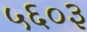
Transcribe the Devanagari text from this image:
५६०३